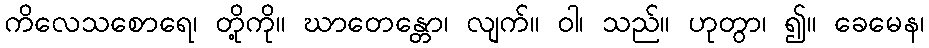
ကိလေသစောရေ၊ တို့ကို။ ဃာတေန္တော၊ လျက်။ ဝါ၊ သည်။ ဟုတွာ၊ ၍။ ခေမေန၊